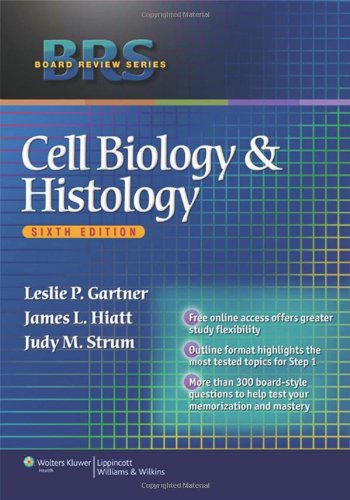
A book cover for BRS Cell Biology and Histology (Board Review Series); Leslie P. Gartner PhD; Medical Books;